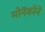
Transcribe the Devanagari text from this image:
मोनॅकोने